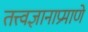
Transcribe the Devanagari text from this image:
तत्त्वज्ञानाप्रमाणे